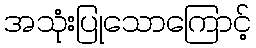
အသုံးပြုသောကြောင့်